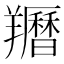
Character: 𦏩